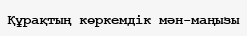
Құрақтың көркемдік мән-маңызы